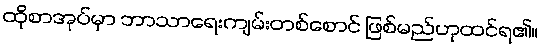
ထိုစာအုပ်မှာ ဘာသာရေးကျမ်းတစ်စောင် ဖြစ်မည်ဟုထင်ရ၏။